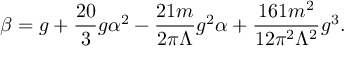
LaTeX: \beta = g + \frac { 2 0 } { 3 } g \alpha ^ { 2 } - \frac { 2 1 m } { 2 \pi \Lambda } g ^ { 2 } \alpha + \frac { 1 6 1 m ^ { 2 } } { 1 2 \pi ^ { 2 } \Lambda ^ { 2 } } g ^ { 3 } .